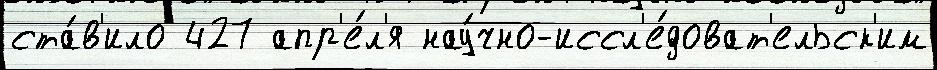
ста́в'ило 427 апр'е́л'я нау́чно-иссл'е́доват'ельск'им